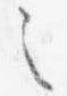
之